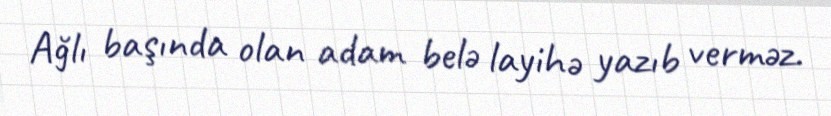
Ağlı başında olan adam belə layihə yazıb verməz.